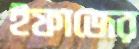
ইফাজের